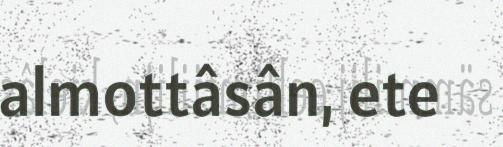
almottâsân, ete